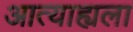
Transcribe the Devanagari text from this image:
आत्याह्यला